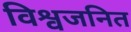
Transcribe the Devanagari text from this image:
विश्वजनित